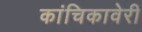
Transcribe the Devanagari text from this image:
कांचिकावेरी